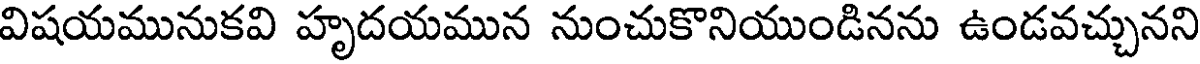
విషయమునుకవి హృదయమున నుంచుకొనియుండినను ఉండవచ్చునని